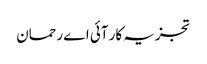
تجزیہ کار آئی اے رحمان